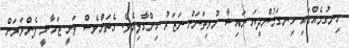
ހިނގުމެއްގައި ހިނގަމުންދިޔަ ނައިޝާ މުޅިތަނަށް ނަޒަރު ހިންގާލިއެވެ. ގެތަށްވެސް ވަނީ ޒަމާނީ ފެންވަރަށް